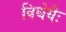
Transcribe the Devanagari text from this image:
विधेयैः